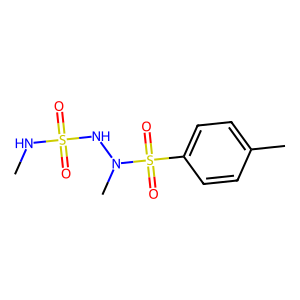
SMILES: CNS(=O)(=O)NN(C)S(=O)(=O)c1ccc(C)cc1
Inhibits HIV replication: No